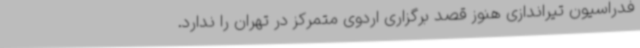
فدراسیون تیراندازی هنوز قصد برگزاری اردوی متمرکز در تهران را ندارد.